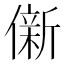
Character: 𫣩